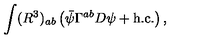
\int ( R ^ { 3 } ) _ { a b } \left( \bar { \psi } \Gamma ^ { a b } D \psi + \mathrm { h . c . } \right) ,